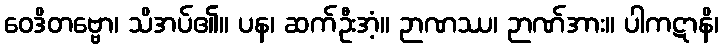
ဝေဒိတဗ္ဗော၊ သိအပ်၏။ ပန၊ ဆက်ဦးအံ့။ ဉာဏဿ၊ ဉာဏ်အား။ ပါကဋာနိ၊